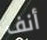
أنف